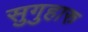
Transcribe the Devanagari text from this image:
सुगुहारु